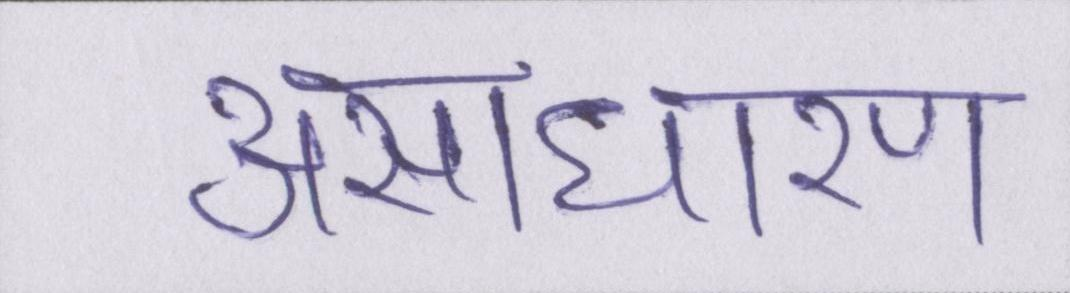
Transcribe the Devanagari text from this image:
असाधारण